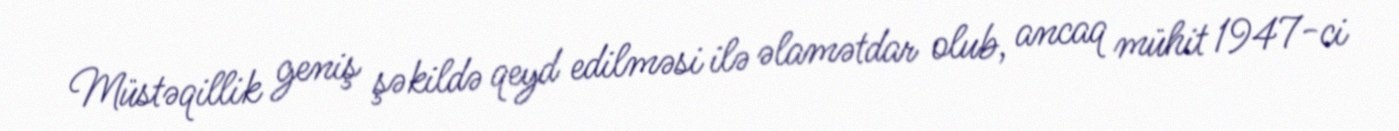
Müstəqillik geniş şəkildə qeyd edilməsi ilə əlamətdar olub, ancaq mühit 1947-ci